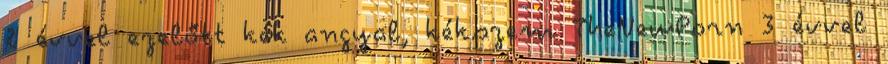
2 évvel ezelőtt kék angyal, kékszem TheNewPorn 3 évvel